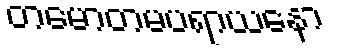
တမောတမပရာယနော